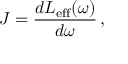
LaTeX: J = \frac { d L _ { \mathrm { e f f } } ( \omega ) } { d \omega } \, ,